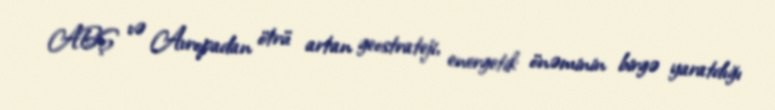
ABŞ və Avropadan ötrü artan geostrateji, energetik önəminin birgə yaratdığı